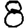
Digit: 8